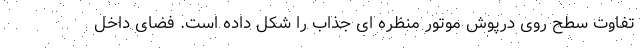
تفاوت سطح روی درپوش موتور منظره ای جذاب را شکل داده است. فضای داخل